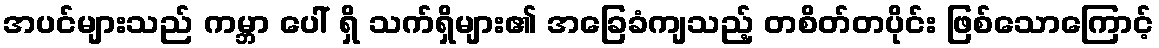
အပင်များသည် ကမ္ဘာ ပေါ် ရှိ သက်ရှိများ၏ အခြေခံကျသည့် တစိတ်တပိုင်း ဖြစ်သောကြောင့်